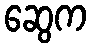
ဆွေက